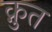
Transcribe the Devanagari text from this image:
क्नुत